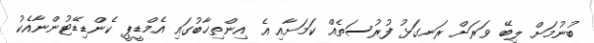
ބުނުމަށް ލިބޭ ވަރަށް ރަނގަޅު ފުރުސަތެއް ކަމަށާއި އެ އިންތިޚާބުގައި އެމްޑީޕީ ކެންޑިޑޭޓުންނާއެކު